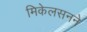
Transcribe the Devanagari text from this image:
मिकेलसनने